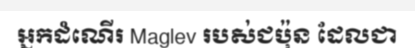
អ្នកដំណើរ Maglev របស់ជប៉ុន ដែលជា